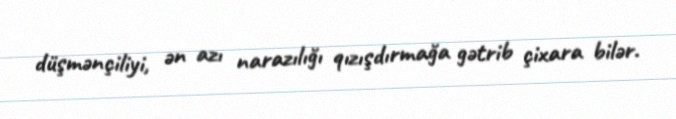
düşmənçiliyi, ən azı narazılığı qızışdırmağa gətrib çixara bilər.